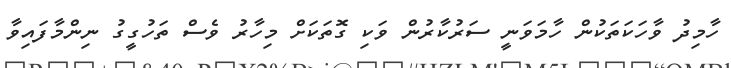
ހާމިދު ވާހަކަތަކުން ހާމަވަނީ ސަރުކާރުން ވަކި ގޮތަކަށް މިހާރު ވެސް ތަހުގީގު ނިންމާފައިވާ